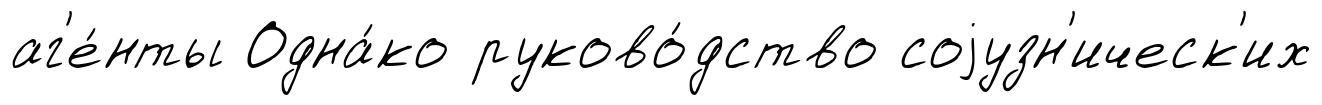
аг'е́нты Одна́ко руково́дство соjузн'ическ'их